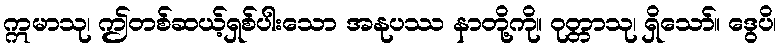
ဣမာသု၊ ဤတစ်ဆယ့်ရှစ်ပါးသော အနုပဿ နာတို့ကို။ ဝုတ္တာသု၊ ရှိသော်။ ဒွေပိ၊